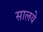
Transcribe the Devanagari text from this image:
सालये